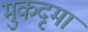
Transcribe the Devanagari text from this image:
मुकदृमा